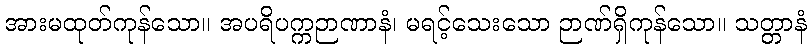
အားမထုတ်ကုန်သော။ အပရိပက္ကဉာဏာနံ၊ မရင့်သေးသော ဉာဏ်ရှိကုန်သော။ သတ္တာနံ